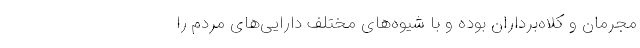
مجرمان و کلاه‌برداران بوده و با شیوه‌های مختلف دارایی‌های مردم را